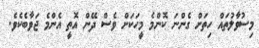
މިސުވާލުތައް ހިތަށް ގެންނަ ކޮންމެ މީހަކަށް ވެސް ދޭން އޮތީ އެންމެ ޖަވާބެކެވެ.